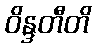
ဝိန္ဒတီတိ